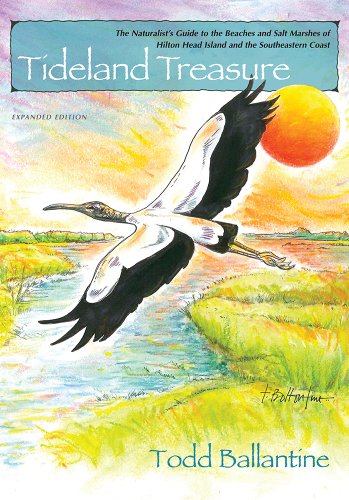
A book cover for Tideland Treasure: Expanded Edition; Todd Ballantine; Travel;